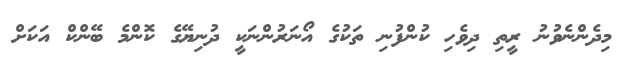
މިދެންނެވުނު ރީތި ދިވެހި ކުންފުނި ތަކުގެ އޯނަރުންނަކީ ދުނިޔޭގެ ކޮންމެ ބޭންކް އަކަށް